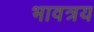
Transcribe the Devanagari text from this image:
भावत्रय